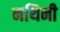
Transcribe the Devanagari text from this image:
नथिनी